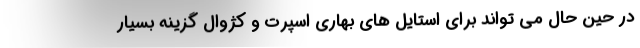
در حین حال می تواند برای استایل های بهاری اسپرت و کژوال گزینه بسیار